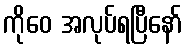
ကိုဝေ အလုပ်ရပြီနော်